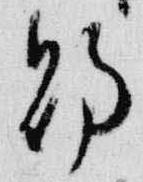
賜